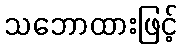
သဘောထားဖြင့်